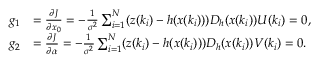
\begin{array} { r l } { g _ { 1 } } & { = \frac { \partial J } { \partial x _ { 0 } } = - \frac { 1 } { \sigma ^ { 2 } } \sum _ { i = 1 } ^ { N } ( z ( k _ { i } ) - h ( x ( k _ { i } ) ) ) D _ { h } ( x ( k _ { i } ) ) U ( k _ { i } ) = 0 , } \\ { g _ { 2 } } & { = \frac { \partial J } { \partial \alpha } = - \frac { 1 } { \sigma ^ { 2 } } \sum _ { i = 1 } ^ { N } ( z ( k _ { i } ) - h ( x ( k _ { i } ) ) ) D _ { h } ( x ( k _ { i } ) ) V ( k _ { i } ) = 0 . } \end{array}